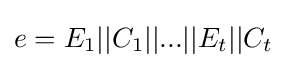
e=E_{1}||C_{1}||...||E_{t}||C_{t}